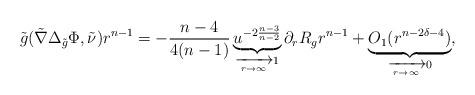
LaTeX: \begin{align*}\tilde{g}(\tilde{\nabla}\Delta_{\tilde{g}}\Phi,\tilde{\nu})r^{n-1}&=- \frac{n-4}{4(n-1)}\underbrace{u^{-2\frac{n-3}{n-2}}}_{\xrightarrow[r\rightarrow\infty]{}1}\partial_r R_{g}r^{n-1} + \underbrace{O_1(r^{n-2\delta-4})}_{\xrightarrow[r\rightarrow\infty]{}0},\end{align*}